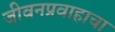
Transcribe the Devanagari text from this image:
जीवनप्रवाहाचा